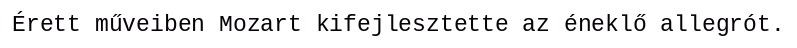
Érett műveiben Mozart kifejlesztette az éneklő allegrót.